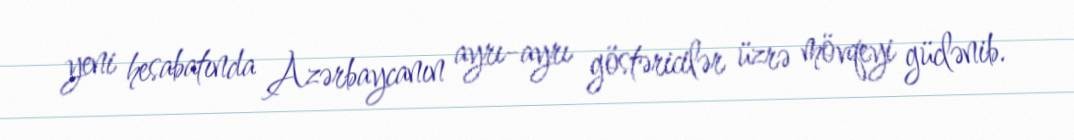
yeni hesabatında Azərbaycanın ayrı-ayrı göstəricilər üzrə mövqeyi güclənib.